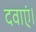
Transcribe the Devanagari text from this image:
दवाएं।